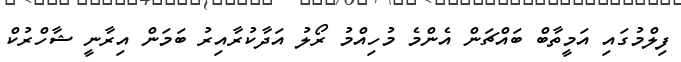
ފިލްމުގައި އަމީތާބް ބައްޗަން އެންމެ މުހިއްމު ރޯލު އަދާކުރާއިރު ބަމަން އިރާނީ ޝާހްރުކް